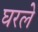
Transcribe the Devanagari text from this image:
घरले